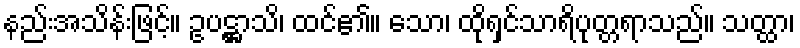
နည်းအသိန်းဖြင့်။ ဥပဋ္ဌာသိ၊ ထင်၏။ သော၊ ထိုရှင်သာရိပုတ္တရာသည်။ သတ္ထာ၊